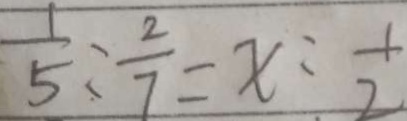
5 : \frac { 2 } { 7 } = x : \frac { 1 } { 2 }